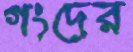
গংদের